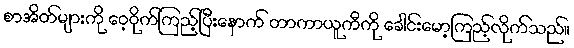
စာအိတ်များကို ဝေ့ဝိုက်ကြည့်ပြီးနောက် တာကာယူကီကို ခေါင်းမော့ကြည့်လိုက်သည်။